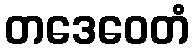
တဒေဝေတံ